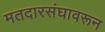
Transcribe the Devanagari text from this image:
मतदारसंघावरून